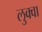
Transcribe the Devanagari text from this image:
लुक्वा